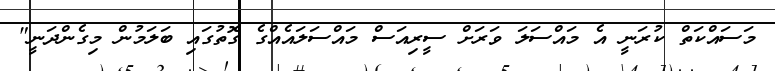
މަސައްކަތް ކުރަނީ އެ މައްސަލަ ވަރަށް ސީރިއަސް މައްސަލައެއްގެ ގޮތުގައި ބަލަމުން މިގެންދަނީ"